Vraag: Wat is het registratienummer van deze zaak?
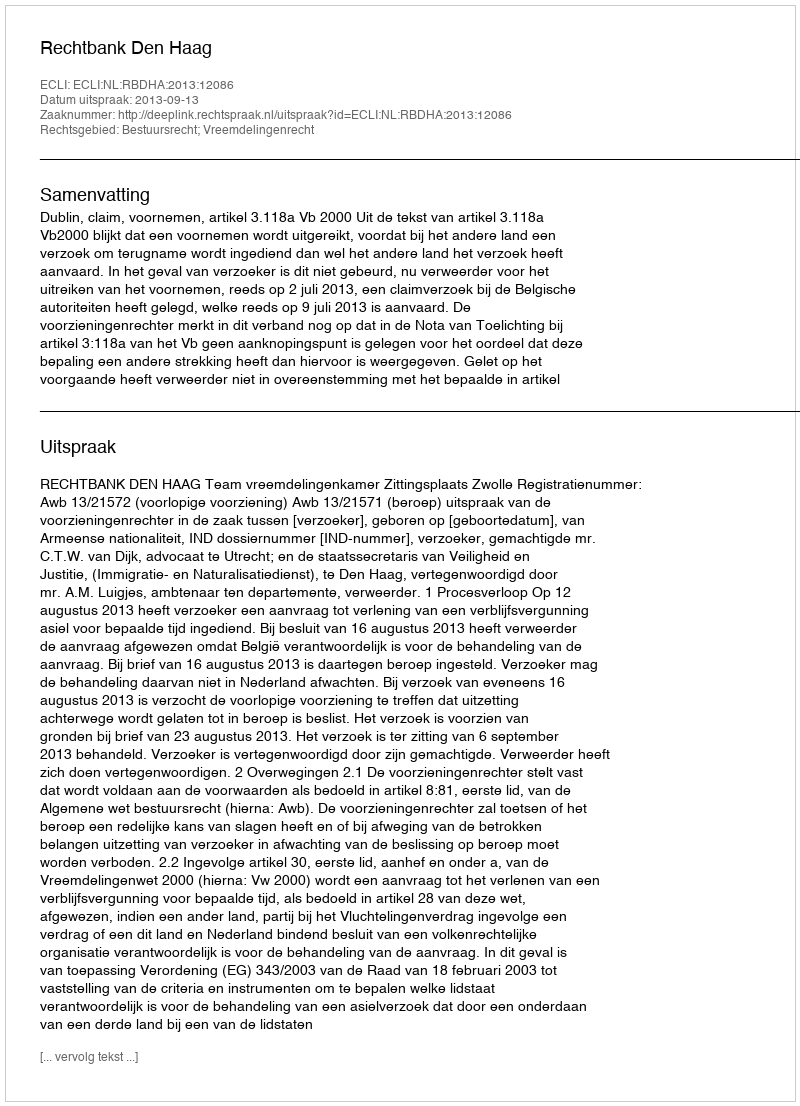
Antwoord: http://deeplink.rechtspraak.nl/uitspraak?id=ECLI:NL:RBDHA:2013:12086